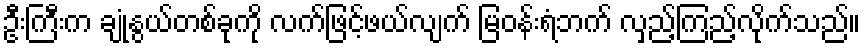
ဦးကြီးက ချုံနွယ်တစ်ခုကို လက်ဖြင့်ဖယ်လျက် မြဝန်းရံဘက် လှည့်ကြည့်လိုက်သည်။